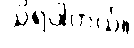
သိရပါတယ်။